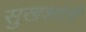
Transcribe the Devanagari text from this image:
सुखशांती